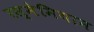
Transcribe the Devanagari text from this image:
रस्मेमियान